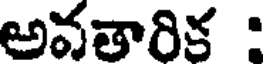
అవతారిక :